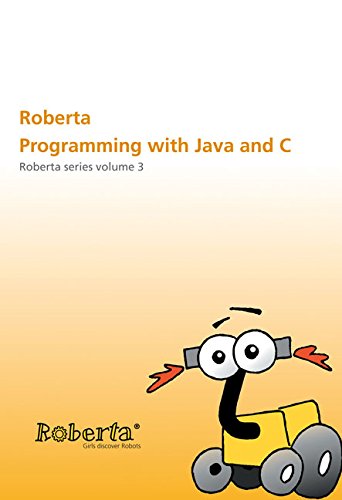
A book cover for Roberta - Programming with Java and C: Roberta Series Volume 3; Ulrike Petersen; Children's Books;